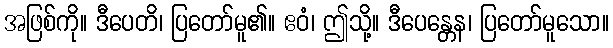
အဖြစ်ကို။ ဒီပေတိ၊ ပြတော်မူ၏။ ဧဝံ၊ ဤသို့။ ဒီပေန္တေန၊ ပြတော်မူသော။